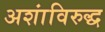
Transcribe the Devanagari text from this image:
अशांविरुद्ध